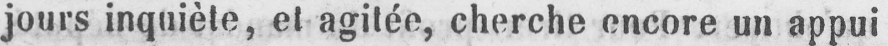
jours inquiète, et agitée, cherche encore un appui